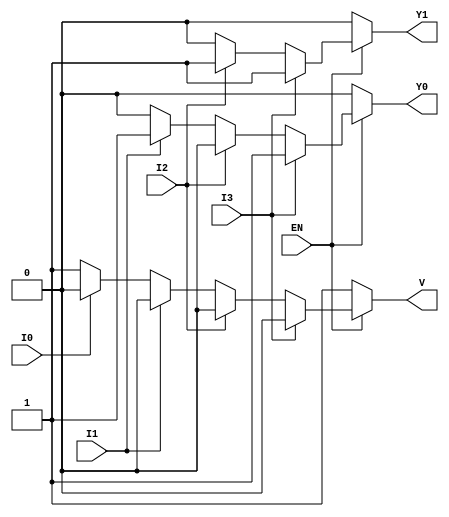
module encoder_4to2 (
    input wire EN,    // Enable input
    input wire I0,    // Input 0
    input wire I1,    // Input 1
    input wire I2,    // Input 2
    input wire I3,    // Input 3
    output reg Y0,    // Output bit 0
    output reg Y1,    // Output bit 1
    output reg V      // Valid indication output
);
    
    always @(*) begin
        if (!EN) begin
            // When EN is low, set outputs to defined state
            Y0 = 0;
            Y1 = 0;
            V = 1;  // Invalid state
        end else begin
            // When EN is high, evaluate inputs
            case (1'b1) // Priority encoding: checks each input from highest to lowest
                I3: begin
                    Y0 = 1;
                    Y1 = 1;
                    V = 0;  // Valid input
                end
                I2: begin
                    Y0 = 0;
                    Y1 = 1;
                    V = 0;  // Valid input
                end
                I1: begin
                    Y0 = 1;
                    Y1 = 0;
                    V = 0;  // Valid input
                end
                I0: begin
                    Y0 = 0;
                    Y1 = 0;
                    V = 0;  // Valid input
                end
                default: begin
                    // If no input is active, indicate invalid
                    Y0 = 0;
                    Y1 = 0;
                    V = 1;  // Invalid state
                end
            endcase
        end
    end
    
endmodule